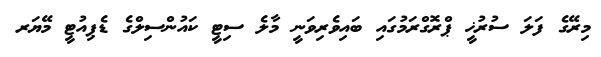
މިރޭގެ ފަލަ ސުރުޚީ ޕްރޮގްރަމުގައި ބައިވެރިވަނީ މާލެ ސިޓީ ކައުންސިލްގެ ޑެޕިއުޓީ މޭޔަރ